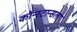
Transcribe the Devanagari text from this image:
कॉन्स्टान्सला